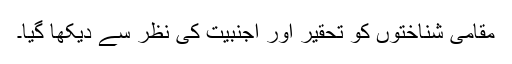
مقامی شناختوں کو تحقیر اور اجنبیت کی نظر سے دیکھا گیا۔